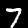
Digit: 7